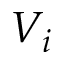
V _ { i }